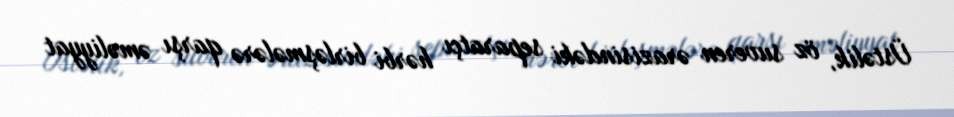
Üstəlik, öz suveren ərazisindəki separatçı hərbi birləşmələrə qarşı əməliyyat